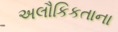
અલૌકિકતાના